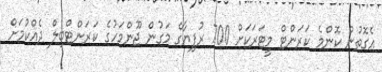
އެގޮތުން ކޮންމެ ކަރަންޓް މީޓަރަކަށް 700 ރުފިޔާގެ މަގުން ޖޫންމަހުގެ ކަރަންޓްބިލް ދެއްކުމަށް